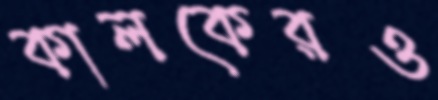
কালকেরও